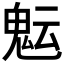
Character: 𩲑